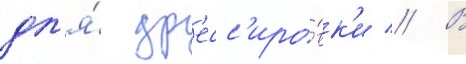
дл'я́ др'есс'иро́вк'и // В